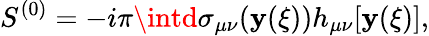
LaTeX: S^{(0)}=-i\pi\intd\sigma_{\mu\nu}(\mathbf{y}(\xi))h_{\mu\nu}[\mathbf{y}(\xi)],